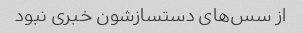
از سس‌های دستسازشون خبری نبود